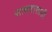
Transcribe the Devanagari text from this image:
साबणासाठी